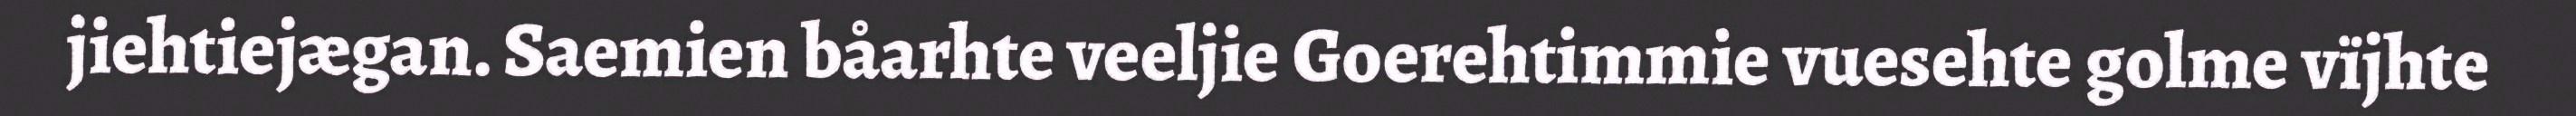
jiehtiejægan. Saemien båarhte veeljie Goerehtimmie vuesehte golme vïjhte